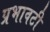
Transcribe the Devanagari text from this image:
प्रभावटी